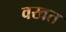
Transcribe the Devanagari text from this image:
वखत